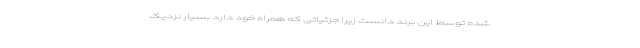
شده توسط این برند دانست زیرا جزئیاتی که همراه خود دارد بسیار نزدیک